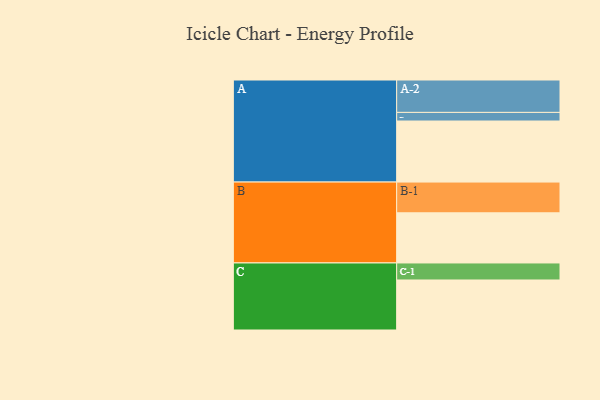
{"axis": {"x": "Segment", "y": "Value"}, "legend": ["", "A", "B", "C"], "data": [{"x": "A", "y": 488, "type": ""}, {"x": "B", "y": 401, "type": ""}, {"x": "C", "y": 400, "type": ""}, {"x": "A-1", "y": 69, "type": "A"}, {"x": "A-2", "y": 259, "type": "A"}, {"x": "B-1", "y": 246, "type": "B"}, {"x": "C-1", "y": 136, "type": "C"}]}